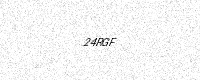
Text: 24RGF